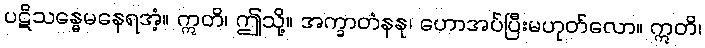
ပဋိသန္ဓေမနေရအံ့။ ဣတိ၊ ဤသို့။ အက္ခာတံနနု၊ ဟောအပ်ပြီးမဟုတ်လော။ ဣတိ၊